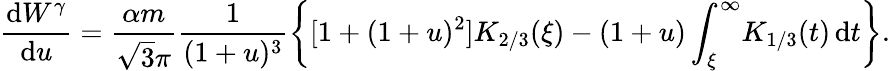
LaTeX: \frac{\mathrm{d}W^{\gamma}}{\mathrm{d}u}=\frac{\alpha m}{\sqrt{3}\pi}\frac{1}{(1+u)^{3}}\left\{ [1+(1+u)^{2}]K_{2/3}(\xi)-(1+u)\int_{\xi}^{\infty}\! K_{1/3}(t)\, \mathrm{d}t\right\} .